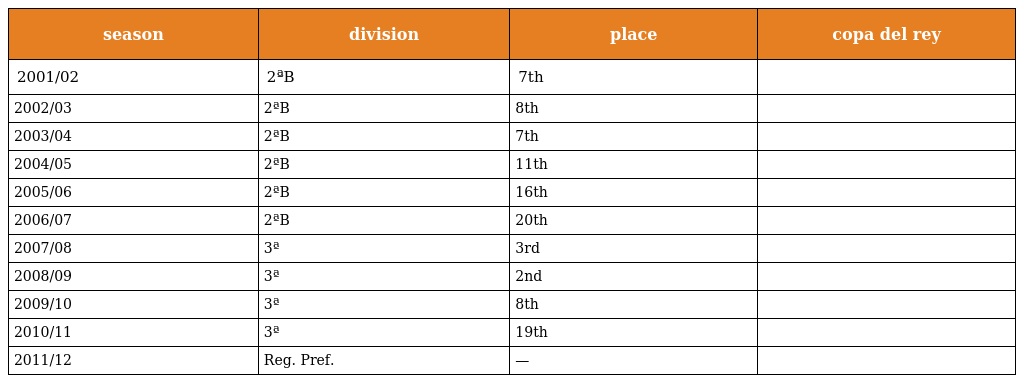
| season | division | place | copa del rey |
 | --- | --- | --- | --- |
 | 2001/02 | 2ªB | 7th |  |
 | 2002/03 | 2ªB | 8th |  |
 | 2003/04 | 2ªB | 7th |  |
 | 2004/05 | 2ªB | 11th |  |
 | 2005/06 | 2ªB | 16th |  |
 | 2006/07 | 2ªB | 20th |  |
 | 2007/08 | 3ª | 3rd |  |
 | 2008/09 | 3ª | 2nd |  |
 | 2009/10 | 3ª | 8th |  |
 | 2010/11 | 3ª | 19th |  |
 | 2011/12 | Reg. Pref. | — |  |